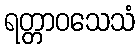
ရတ္တာဝသေသံ